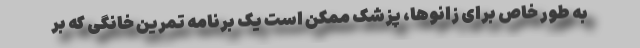
به طور خاص برای زانوها، پزشک ممکن است یک برنامه تمرین خانگی که بر